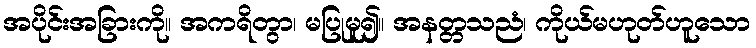
အပိုင်းအခြားကို။ အကရိတွာ၊ မပြုမူ၍။ အနတ္တသညံ၊ ကိုယ်မဟုတ်ဟူသော